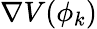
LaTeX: \nabla V(\phi_{k})